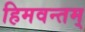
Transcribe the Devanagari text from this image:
हिमवन्तम्